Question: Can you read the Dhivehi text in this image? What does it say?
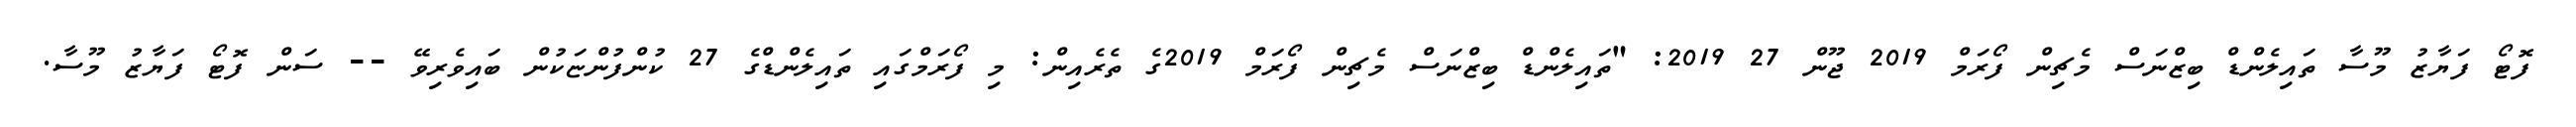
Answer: ފޮޓޯ ފަޔާޒު މޫސާ ތައިލެންޑް ބިޒްނަސް މެޗިން ފޯރަމް 2019 ޖޫން 27 2019: "ތައިލެންޑް ބިޒްނަސް މެޗިން ފޯރަމް 2019ގެ ތެރެއިން: މި ފޯރަމްގައި ތައިލެންޑްގެ 27 ކުންފުންޏަކުން ބައިވެރިވޭ -- ސަން ފޮޓޯ ފަޔާޒު މޫސާ.